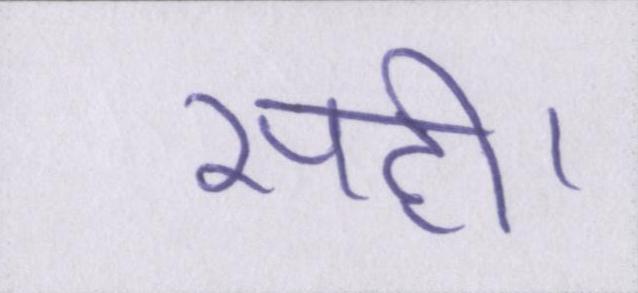
सही।